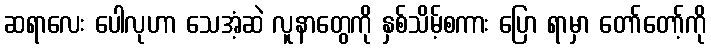
ဆရာလေး ပေါလုဟာ သေအံ့ဆဲ လူနာတွေကို နှစ်သိမ့်စကား ပြော ရာမှာ တော်တော့်ကို